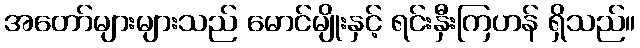
အတော်များများသည် မောင်မျိုးနှင့် ရင်းနှီးကြဟန် ရှိသည်။